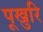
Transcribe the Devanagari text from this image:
पूखुरि